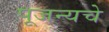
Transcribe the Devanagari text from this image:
पूजन्यचे